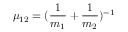
\mu _ { 1 2 } = ( \frac { 1 } { m _ { 1 } } + \frac { 1 } { m _ { 2 } } ) ^ { - 1 }